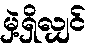
မှဲ့ရှိလျှင်